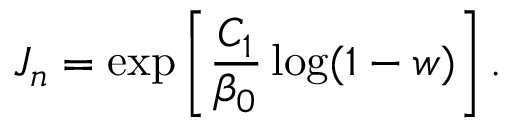
J _ { n } = \exp \left[ \frac { C _ { 1 } } { \beta _ { 0 } } \log ( 1 - w ) \right] .